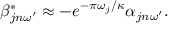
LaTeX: \beta _ { j n \omega ^ { \prime } } ^ { * } \approx - e ^ { - \pi \omega _ { j } / \kappa } \alpha _ { j n \omega ^ { \prime } } .